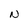
Character: N